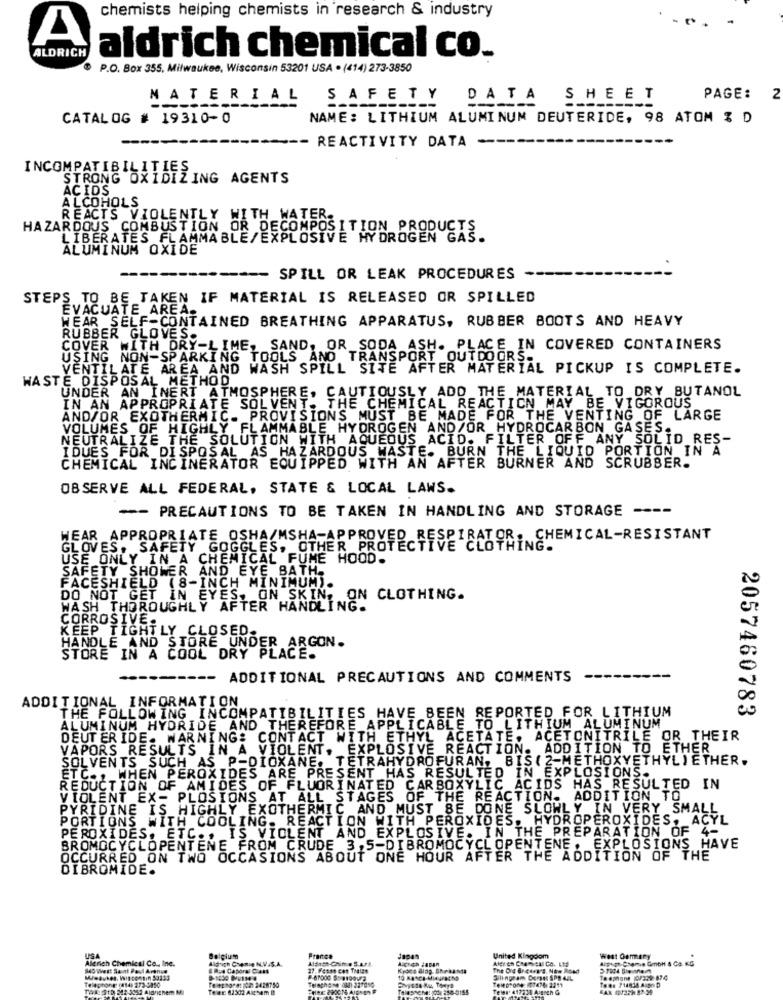
chemists helping chemists in research & industry
A
ALDRICH
aldrich chemical co.
P.O. Box 355, Milwaukee, Wisconsin 53201 USA . (414) 273-3850
MATERIAL
SAFETY
DATA
SHEET
PAGE:
2
CATALOG # 19310-0
NAME: LITHIUM ALUMINUM DEUTERIDE, 98 ATOM % D
-- REACTIVITY DATA --
INCOMPATIBILI
STRONG OXIDIZING AGENTS
ACIDS
ALCOHOLS
REACTS VIOLENTLY WITH WATER.
HAZARDOUS COMBUSTION OR DECOMPOSITION PRODUCTS
LIBERATES FLAMMABLE/EXPLOSIVE HYDROGEN GAS.
ALUMINUM OXIDE
-- SPILL OR LEAK PROCEDURES -
STEPS TO BE TAKEN IF MATERIAL IS RELEASED OR SPILLED
EVACUATE AREA.
WEAR _SELF-CONTAINED BREATHING APPARATUS, RUBBER BOOTS AND HEAVY
RUBBER GLOVES.
COVER WITH DRY-LIME, SAND, OR SODA ASH. PLACE IN COVERED CONTAINERS
USING NON-SPARKING TOOLS AND TRANSPORT OUTDOORS
VENTILATE AREA AND WASH SPILL SITE AFTER MATERIAL PICKUP IS COMPLETE.
WASTE DISPOSAL METHOD
UNDER AN INERT ATMOSPHERE, CAUTIOUSLY ADD THE MATERIAL TO DRY BUTANOL
IN AN APPROPRIATE SOLVENT. THE CHEMICAL REACTION MAY BE VIGOROUS
AND/OR EXOTHERMIC. PROVISIONS MUST BE MADE FOR THE VENTING OF LARGE
VOLUMES OF HIGHLY
HLY FLAMMABLE HYDROGEN AND/OR HYDROCARBON GASES.
NEUTRALIZE THE SOLUTION WITH AQUEOUS ACID. FILTER OFF ANY SOLID RES-
IDUES FOR DISPOSAL AS HAZARDOUS WASTE. BURN THE LIQUID PORTION IN A
CHEMICAL INCINERATOR EQUIPPED WITH AN AFTER BURNER AND SCRUBBER.
OBSERVE ALL FEDERAL, STATE & LOCAL LAWS.
-- PRECAUTIONS TO BE TAKEN IN HANDLING AND STORAGE
---
WEAR APPROPRIATE OSHA/MSHA-APPROVED R
: CHEMICAL-RESISTANT
GLOVES, SAFETY GOGGLES, OTHER PROTECTIVE CLOY
USE ONLY IN A CHEMICAL FUME HOOD.
SAFETY SHOWER AND EYE BATH.
FACESHIELD (8-INCH MINIMUM).
DO NOT GET IN EYES, ON SKIN, ON CLOTHING.
WASH THOROUGHLY AFTER HANDLING.
CORROSIVE
HANDLE AND STORE UNDER ARGON.
KEEP TIGHTLY CLOSED
STORE IN A COOL DRY PLACE.
---------
ADDITIONAL PRECAUTIONS AND COMMENTS
ADDITIONAL INFORMATION
2057460783
THE FOLLOWING INCOMPATIBILITIES HAVE BEEN REPORTED FOR LITHIUM
ALUMINUM HYDRIDE AND THEREFORE APPLICABLE TO LITHIUM ALUMINUM
DEUTER IDE. WARNING: CONTACT WITH ETHYL ACETATE. ACETONITRILE OR THEIR
VAPORS RESULTS IN A VIOLENT. EXPLOSIVE REACTION. ADDITION TO ETHER
SOLVENTS SUCH AS P-DIOXANE. TETRAHYDROFURAN, BIS ( 2-METHOXYETHYL)ETHER.
ETC ., WHEN PEROXIDES ARE PRESENT HAS RESULTED IN EXPLOSIONS.
REDUCTION OF AMIDES OF FLUORINATED CARBOXYLIC ACIDS HAS RESULTED IN
VIOLENT EX- PLOSIONS AT ALL STAGES OF THE REACTION. ADDITION TO
PYRIDINE IS HIGHLY EXOTHERMIC AND MUST BE DONE SLOWLY IN VERY SMALL
PORTIONS WITH COOLING. REACTION WITH PEROXIDES. HYDROPEROXIDES, ACYL
PEROXIDES. ETC ., IS VIOLENT AND EXPLOSIVE. IN THE PREPARATION OF 4-
BROMOCYCLOPENTENE FROM CRUDE 3.5-DIBROMOCYCLOPENTENE. EXPLOSIONS HAVE
OCCURRED ON TWO OCCASIONS ABOUT ONE HOUR AFTER THE ADDITION OF TH
DIBROMIDE.
USA
Alerich Chemical Co ., Inc.
Belgium
Aldrich Chemie N.V.S.A.
France
Japan
United Kingdom
West Genmary
340 West Saint Paul Arenys
$ R.4 Caporal Cast
27. Fosse cos Thales
Kyoce Blog. Shrkaldt
The Dig 8reses's. Now Road
Telephone (414) 273-2010
Te:+230*4: 02 2418750
#-67000 5-8199V2
To #: 714838 Axon D
14/45RCM: JON 258-5155